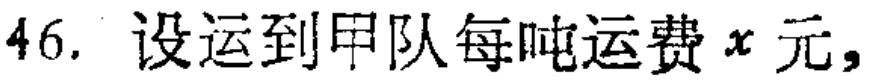
46. 设运到甲队每吨运费\(x\)元，